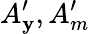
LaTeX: A_{\mathbf{y}}^{\prime},A_{m}^{\prime}